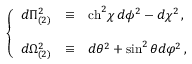
\left\{ \begin{array} { r c l } { { d \Pi _ { ( 2 ) } ^ { 2 } } } & { { \equiv } } & { { \mathrm { c h } ^ { 2 } \chi \, d \phi ^ { 2 } - d \chi ^ { 2 } \, , } } \\ { { } } & { { } } & { { } } \\ { { d \Omega _ { ( 2 ) } ^ { 2 } } } & { { \equiv } } & { { d \theta ^ { 2 } + \sin ^ { 2 } { \theta } d \varphi ^ { 2 } \, , } } \end{array} \right.